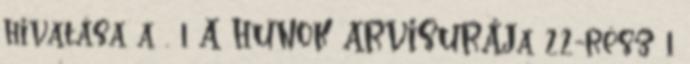
hivatása a . 1 A HUNOK ARVISURÁJa 22-rész 1